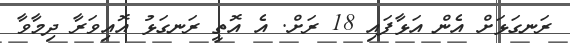
ރަނގަޅަށް އެން އަޅާފައި 18 ރަށް. އެ އޮތީ ރަނގަޅު އޮއިވަރާ ދިމާވާ